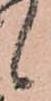
候